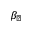
\beta _ { \perp }